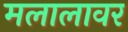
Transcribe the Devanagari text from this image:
मलालावर